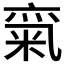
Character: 𱹈